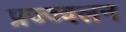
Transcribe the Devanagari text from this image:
प्रज्ज्वलन